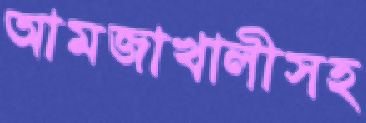
আমজাখালীসহ